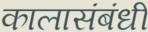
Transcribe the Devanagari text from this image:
कालासंबंधीं